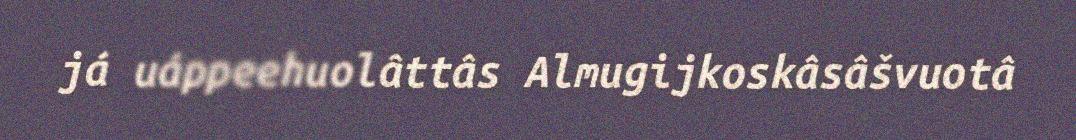
já uáppeehuolâttâs Almugijkoskâsâšvuotâ